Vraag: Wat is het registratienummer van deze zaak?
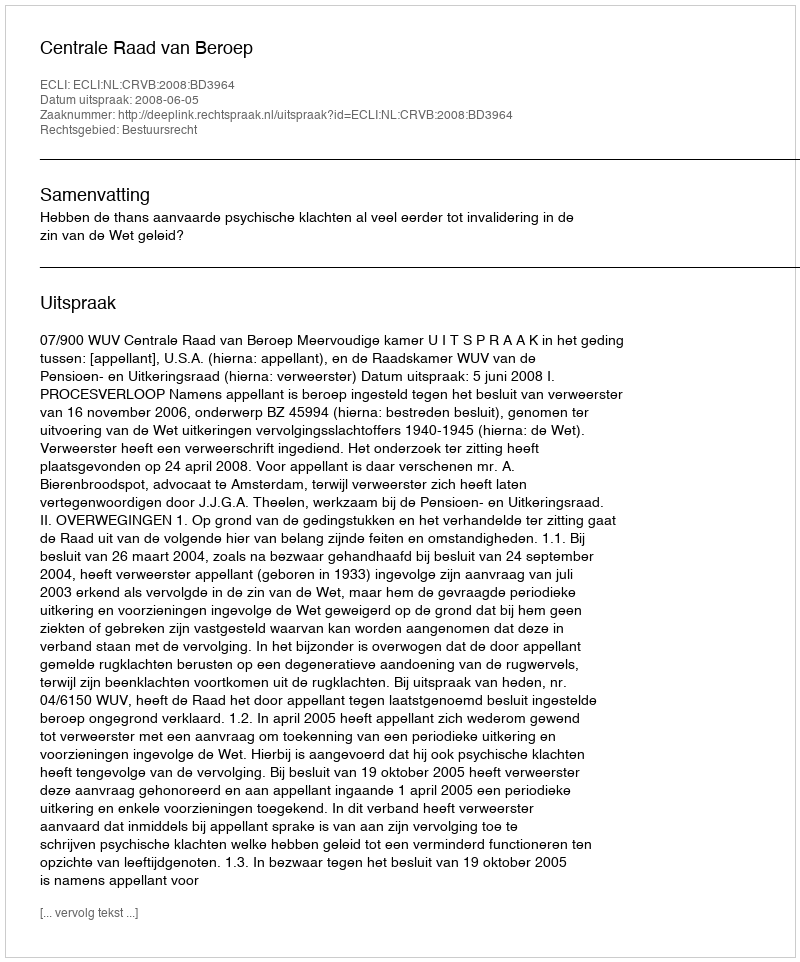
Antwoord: http://deeplink.rechtspraak.nl/uitspraak?id=ECLI:NL:CRVB:2008:BD3964